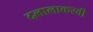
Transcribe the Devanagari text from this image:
दलालाकरवी